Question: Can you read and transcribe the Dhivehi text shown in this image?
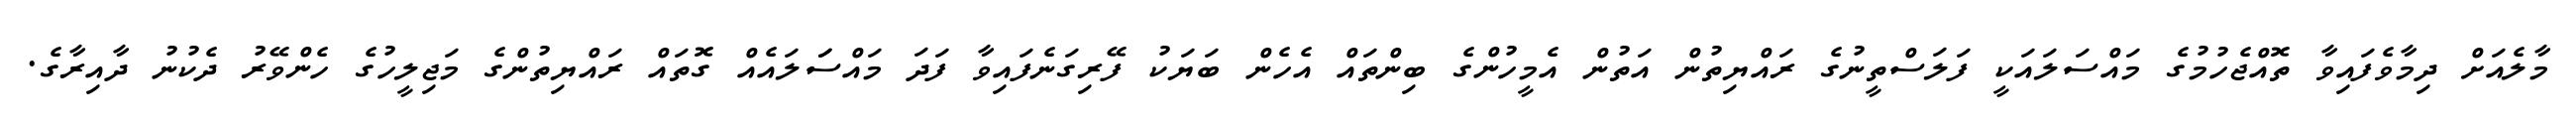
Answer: މާލެއަށް ދިމާވެފައިވާ ތޮއްޖެހުމުގެ މައްސަލައަކީ ފަލަސްތީނުގެ ރައްޔިތުން އަތުން އެމީހުންގެ ބިންތައް އެހެން ބަޔަކު ފޭރިގަނެފައިވާ ފަދަ މައްސަަލައެއް ގޮތައް ރައްޔިތުންގެ މަޖިލީހުގެ ހެންވޭރު ދެކުނު ދާއިރާގެ.